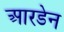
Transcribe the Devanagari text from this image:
आरडेन